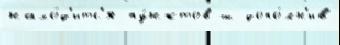
нахо́д'итс'я пу́нктов ш допо́лн'ив